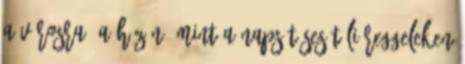
a városra, a hüzün, mint a napsütéses téli reggeleken